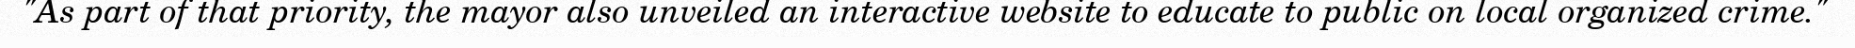
"As part of that priority, the mayor also unveiled an interactive website to educate to public on local organized crime."